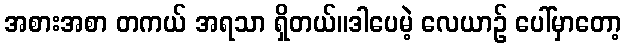
အစားအစာ တကယ် အရသာ ရှိတယ်။ဒါပေမဲ့ လေယာဉ် ပေါ်မှာတော့